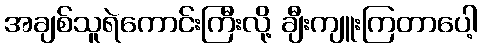
အချစ်သူရဲကောင်းကြီးလို့ ချီးကျူးကြတာပေါ့